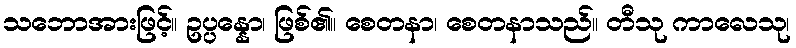
သဘောအားဖြင့်။ ဥပ္ပန္နော၊ ဖြစ်၏။ စေတနာ၊ စေတနာသည်။ တီသု ကာလေသု၊